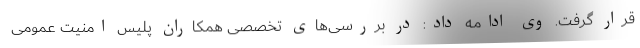
قرار گرفت. وی ادامه داد: در بررسی‌های تخصصی همکاران پلیس امنیت عمومی